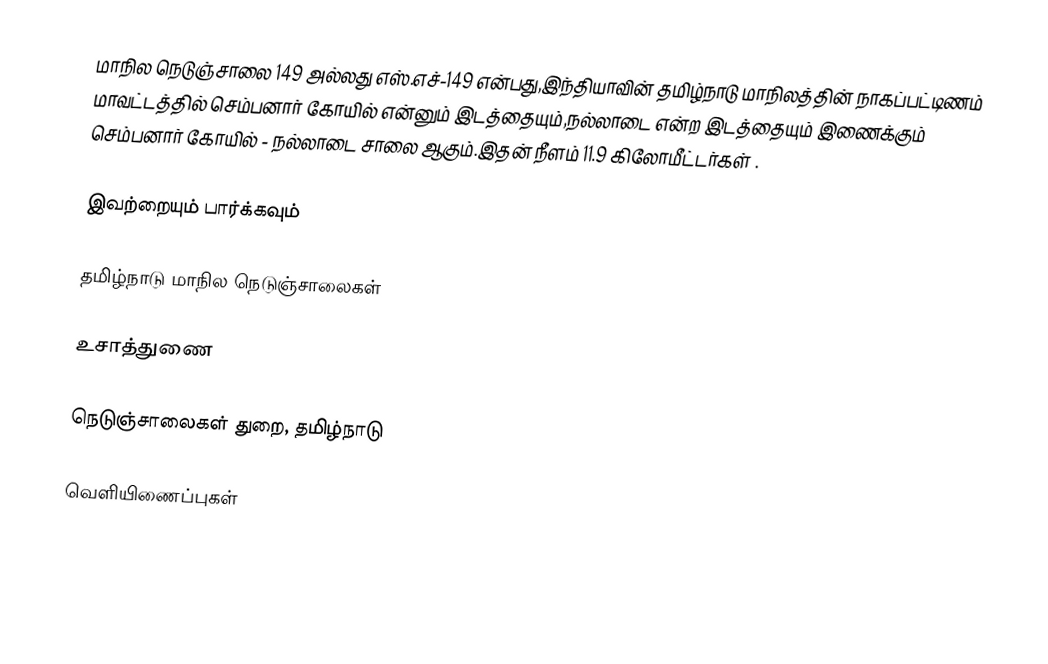
மாநில நெடுஞ்சாலை 149 அல்லது எஸ்.எச்-149  என்பது,இந்தியாவின் தமிழ்நாடு மாநிலத்தின்  நாகப்பட்டிணம் மாவட்டத்தில்  செம்பனார் கோயில்  என்னும் இடத்தையும்,நல்லாடை  என்ற இடத்தையும் இணைக்கும் செம்பனார் கோயில் - நல்லாடை சாலை ஆகும்.இதன் நீளம் 11.9  கிலோமீட்டர்கள் .

இவற்றையும் பார்க்கவும்

 தமிழ்நாடு மாநில நெடுஞ்சாலைகள்

உசாத்துணை

 நெடுஞ்சாலைகள் துறை, தமிழ்நாடு

வெளியிணைப்புகள்